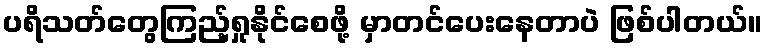
ပရိသတ်တွေကြည့်ရှုနိုင်စေဖို့ မှာတင်ပေးနေတာပဲ ဖြစ်ပါတယ်။